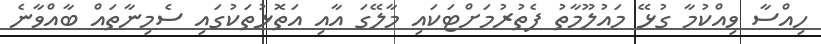
ހިއްސާ ވިއްކުމާ ގުޅޭ މައުލޫމާތު ފެތުރުމަށްޓަކައި މާލޭގަ އާއި އަތޮޅުތަކުގައި ސެމިނާތައް ބާއްވާނެ